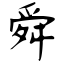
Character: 舜